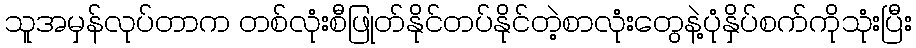
သူအမှန်လုပ်တာက တစ်လုံးစီဖြုတ်နိုင်တပ်နိုင်တဲ့စာလုံးတွေနဲ့ပုံနှိပ်စက်ကိုသုံးပြီး